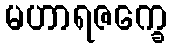
မဟာရဇက္ခေ